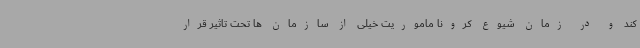
کند و در زمان شیوع کرونا ماموریت خیلی از سازمان ها تحت تاثیر قرار